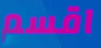
اقسم